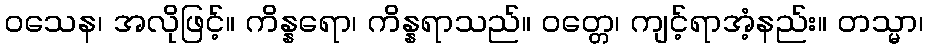
ဝသေန၊ အလိုဖြင့်။ ကိန္နရော၊ ကိန္နရာသည်။ ဝတ္တေ၊ ကျင့်ရာအံ့နည်း။ တသ္မာ၊